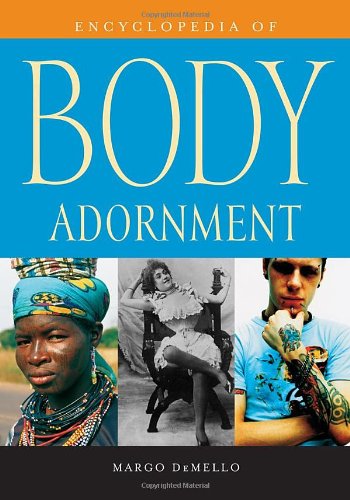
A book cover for Encyclopedia of Body Adornment; Margo DeMello; Arts & Photography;